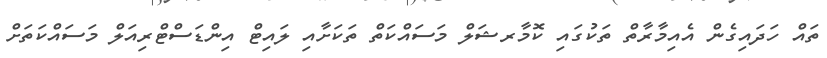
ތައް ހަދައިގެން އެއިމާރާތް ތަކުގައި ކޮމާރޝަލް މަަސައްކަތް ތަކަށާއި ލައިޓް އިންޑަސްޓްރިއަލް މަސައްކަތަށް